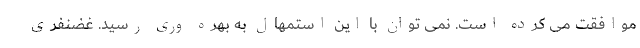
موافقت می کرده است. نمی توان با این استمهال به بهره وری رسید. غضنفری